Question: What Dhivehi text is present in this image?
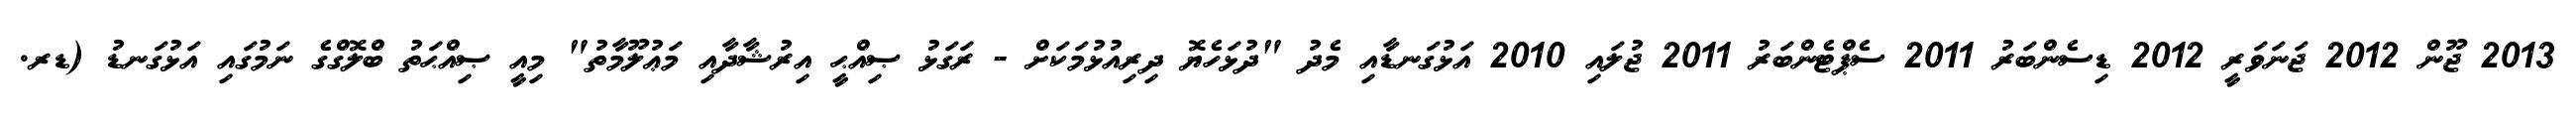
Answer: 2013 ޖޫން 2012 ޖަނަވަރީ 2012 ޑިސެންބަރު 2011 ސެޕްޓެންބަރު 2011 ޖުލައި 2010 އަޅުގަނޑާއި މެދު "ދުޅަހެޔޮ ދިރިއުޅުމަކަށް - ރަގަޅު ޞިއްޙީ އިރުޝާދާއި މަޢުލޫމާތު" މިއީ ޞިއްޙަތު ބްލޮގްގެ ނަމުގައި އަޅުގަނޑު (ޑރ.